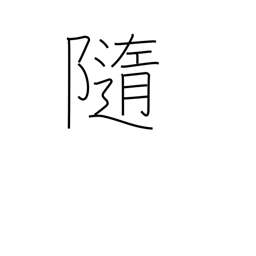
Meaning: at the mercy of (the waves)